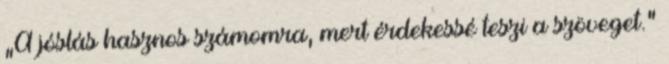
„A jóslás hasznos számomra, mert érdekessé teszi a szöveget.”